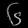
Digit: ၆